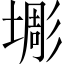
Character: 𱗱